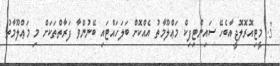
3. މީޓިއޮރޮލޮޖީއާބެހޭ ސައިންޓިފިކް މަޢްލޫމާތު އެއްކޮށް ބަލަހައްޓައި ބޭނުންވާ ފަރާތްތަކަށް މި މަޢްލޫމާތު